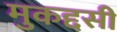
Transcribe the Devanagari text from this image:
मुकद्दसी